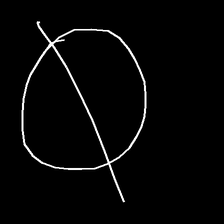
Glyph: orb